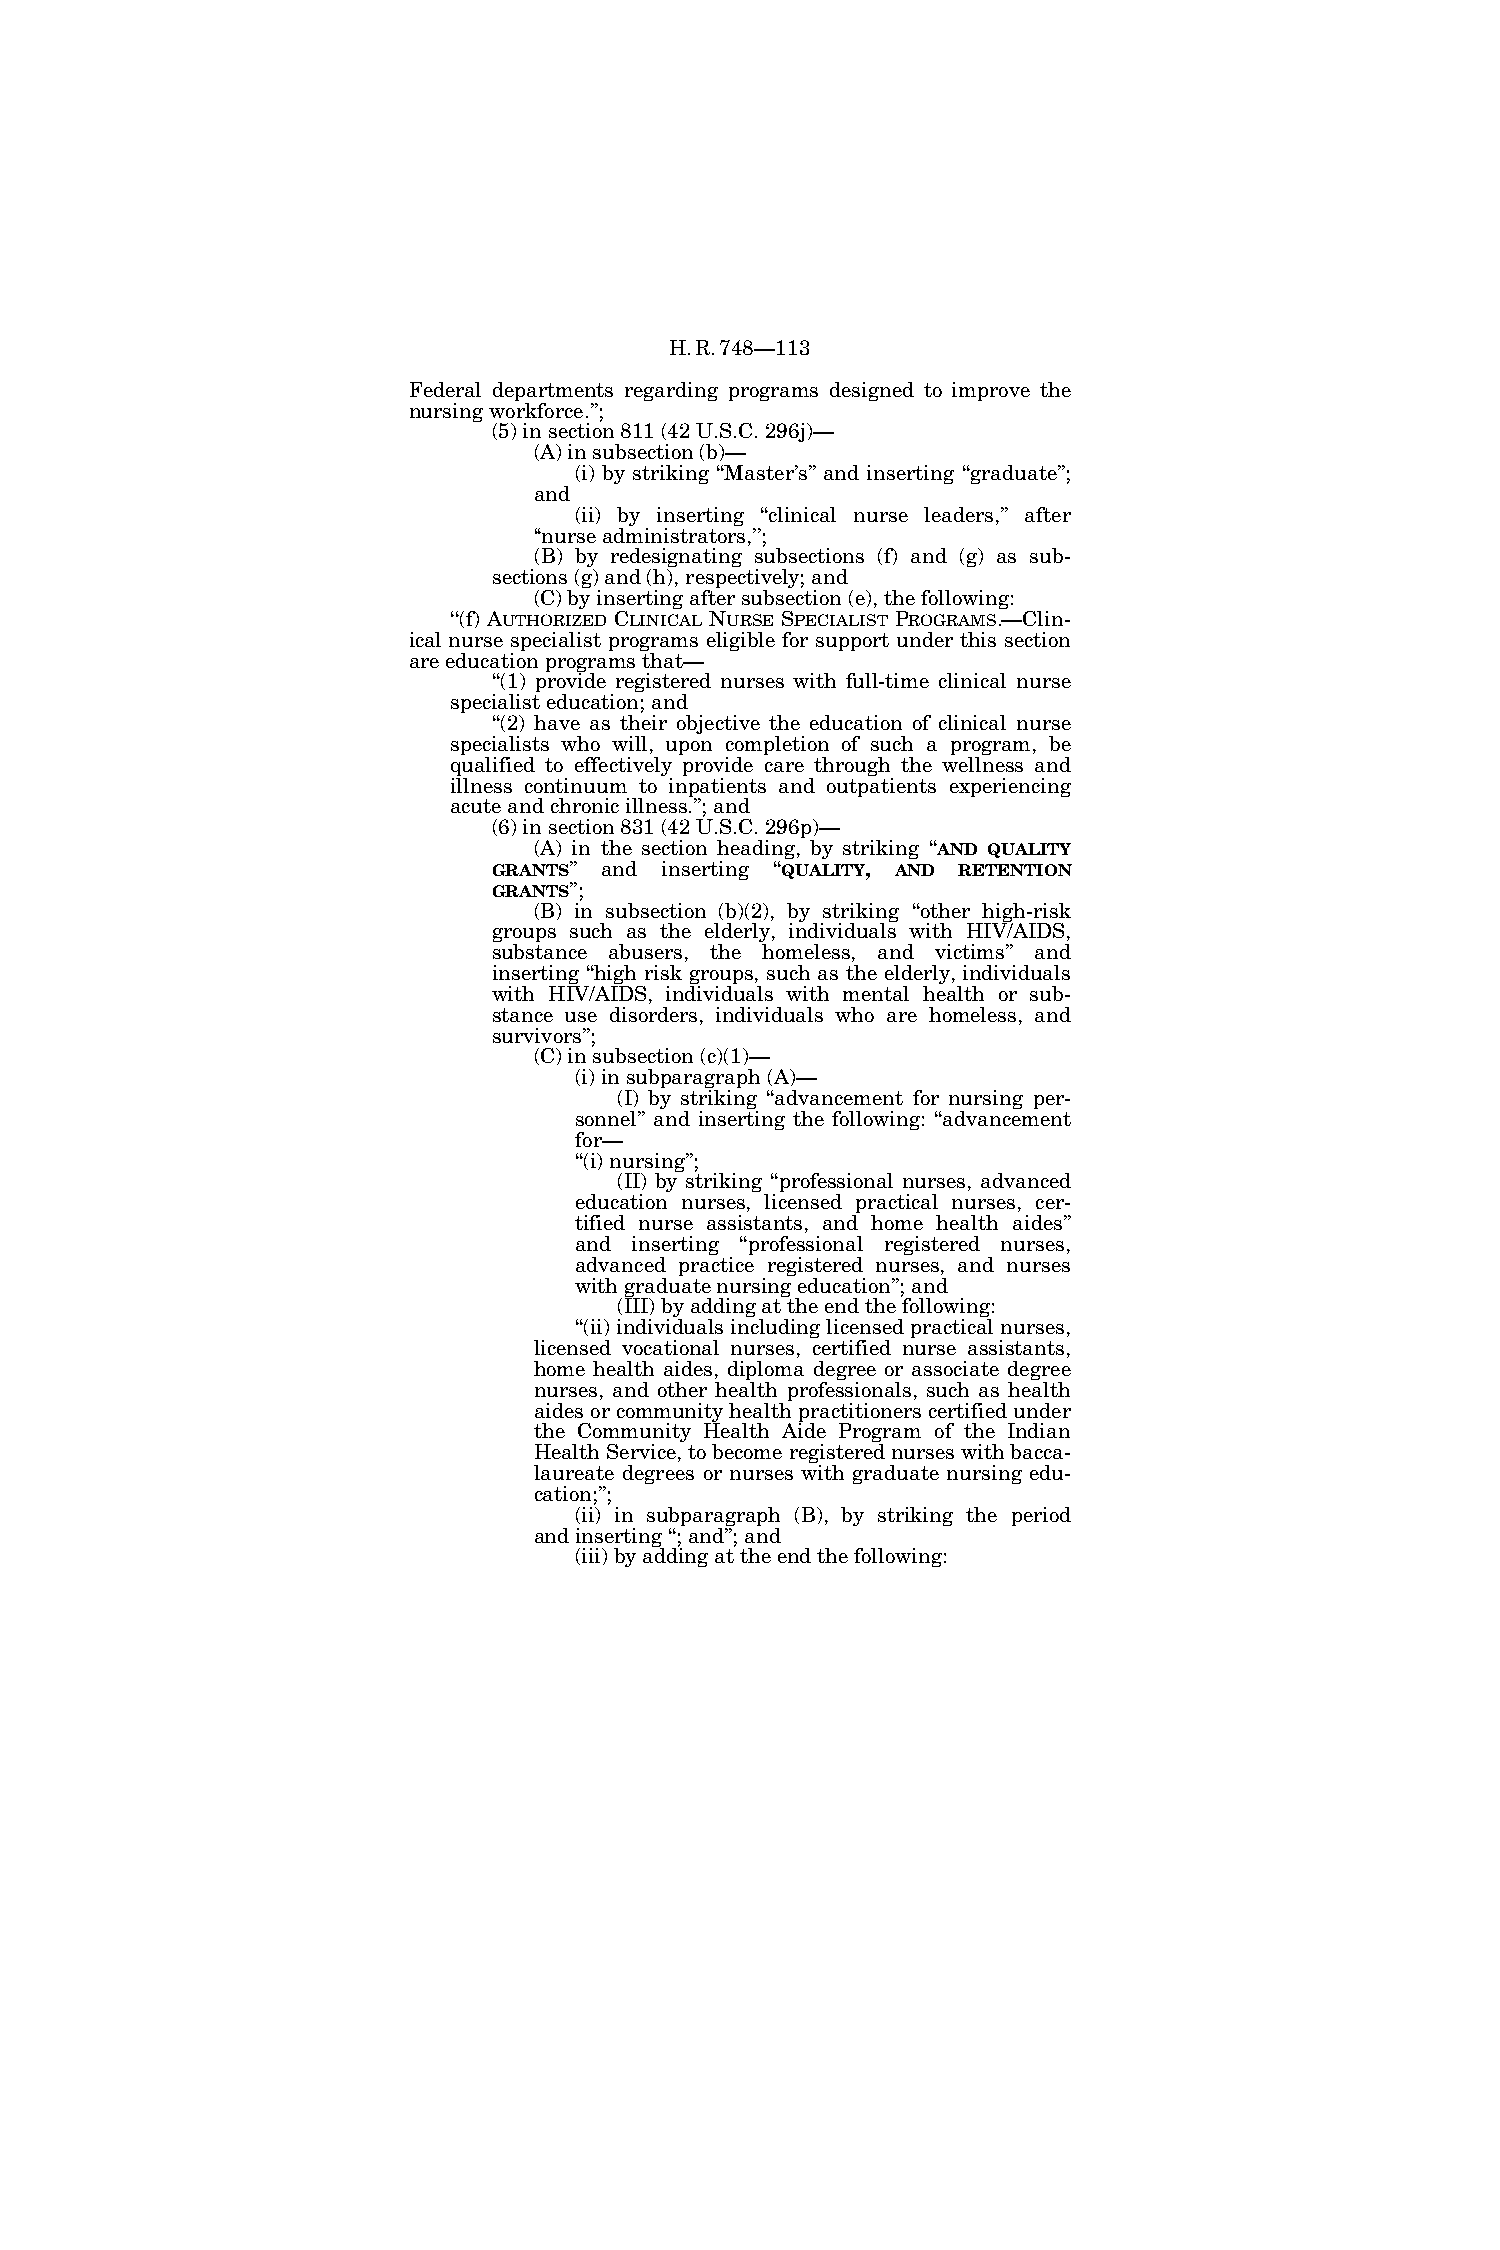
H.R.748—113
 Federal departments regarding programs designed to improve the
 nursing workforce.’’;
 (5) in section 811 (42 U.S.C. 296j)—
 (A) in subsection (b)—
 (i) by striking ‘‘Master’s’’ and inserting ‘‘graduate’’;
 and
 (ii) by inserting ‘‘clinical nurse leaders,’’ after
 ‘‘nurse administrators,’’;
 (B) by redesignating subsections (f) and (g) as sub-
 sections (g) and (h), respectively; and
 (C) by inserting after subsection (e), the following:
 ‘‘(f) AUTHORIZED CLINICAL NURSE SPECIALIST PROGRAMS.—Clin-
 ical nurse specialist programs eligible for support under this section
 are education programs that—
 ‘‘(1) provide registered nurses with full-time clinical nurse
 specialist education; and
 ‘‘(2) have as their objective the education of clinical nurse
 specialists who will, upon completion of such a program, be
 qualified to effectively provide care through the wellness and
 illness continuum to inpatients and outpatients experiencing
 acute and chronic illness.’’; and
 (6) in section 831 (42 U.S.C. 296p)—
 (A) in the section heading, by striking ‘‘AND QUALITY
 GRANTS’’ and inserting ‘‘QUALITY, AND RETENTION
 GRANTS’’;
 (B) in subsection (b)(2), by striking ‘‘other high-risk
 groups such as the elderly, individuals with HIV/AIDS,
 substance abusers, the homeless, and victims’’ and
 inserting ‘‘high risk groups, such as the elderly, individuals
 with HIV/AIDS, individuals with mental health or sub-
 stance use disorders, individuals who are homeless, and
 survivors’’;
 (C) in subsection (c)(1)—
 (i) in subparagraph (A)—
 (I) by striking ‘‘advancement for nursing per-
 sonnel’’ and inserting the following: ‘‘advancement
 for—
 ‘‘(i) nursing’’;
 (II) by striking ‘‘professional nurses, advanced
 education nurses, licensed practical nurses, cer-
 tified nurse assistants, and home health aides’’
 and inserting ‘‘professional registered nurses,
 advanced practice registered nurses, and nurses
 with graduate nursing education’’; and
 (III) by adding at the end the following:
 ‘‘(ii) individuals including licensed practical nurses,
 licensed vocational nurses, certified nurse assistants,
 home health aides, diploma degree or associate degree
 nurses, and other health professionals, such as health
 aides or community health practitioners certified under
 the Community Health Aide Program of the Indian
 Health Service, to become registered nurses with bacca-
 laureate degrees or nurses with graduate nursing edu-
 cation;’’;
 (ii) in subparagraph (B), by striking the period
 and inserting ‘‘; and’’; and
 (iii) by adding at the end the following: